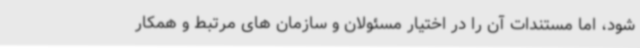
شود، اما مستندات آن را در اختیار مسئولان و سازمان های مرتبط و همکار